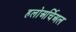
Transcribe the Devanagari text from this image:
हलोअर्चिअल